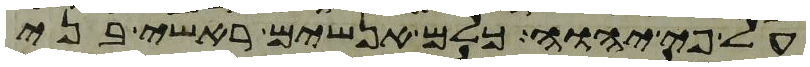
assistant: על פי יהוה כלם אנשים ראשי בני